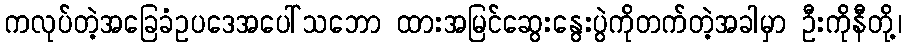
ကလုပ်တဲ့အခြေခံဥပဒေအပေါ်သဘော ထားအမြင်ဆွေးနွေးပွဲကိုတက်တဲ့အခါမှာ ဦးကိုနီတို့၊